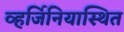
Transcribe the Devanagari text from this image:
व्हर्जिनियास्थित